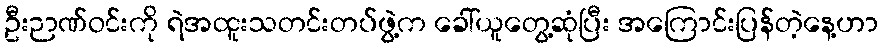
ဦးဉာဏ်ဝင်းကို ရဲအထူးသတင်းတပ်ဖွဲ့က ခေါ်ယူတွေ့ဆုံပြီး အကြောင်းပြန်တဲ့နေ့ဟာ